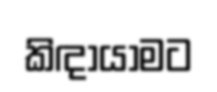
කිඳායාමට